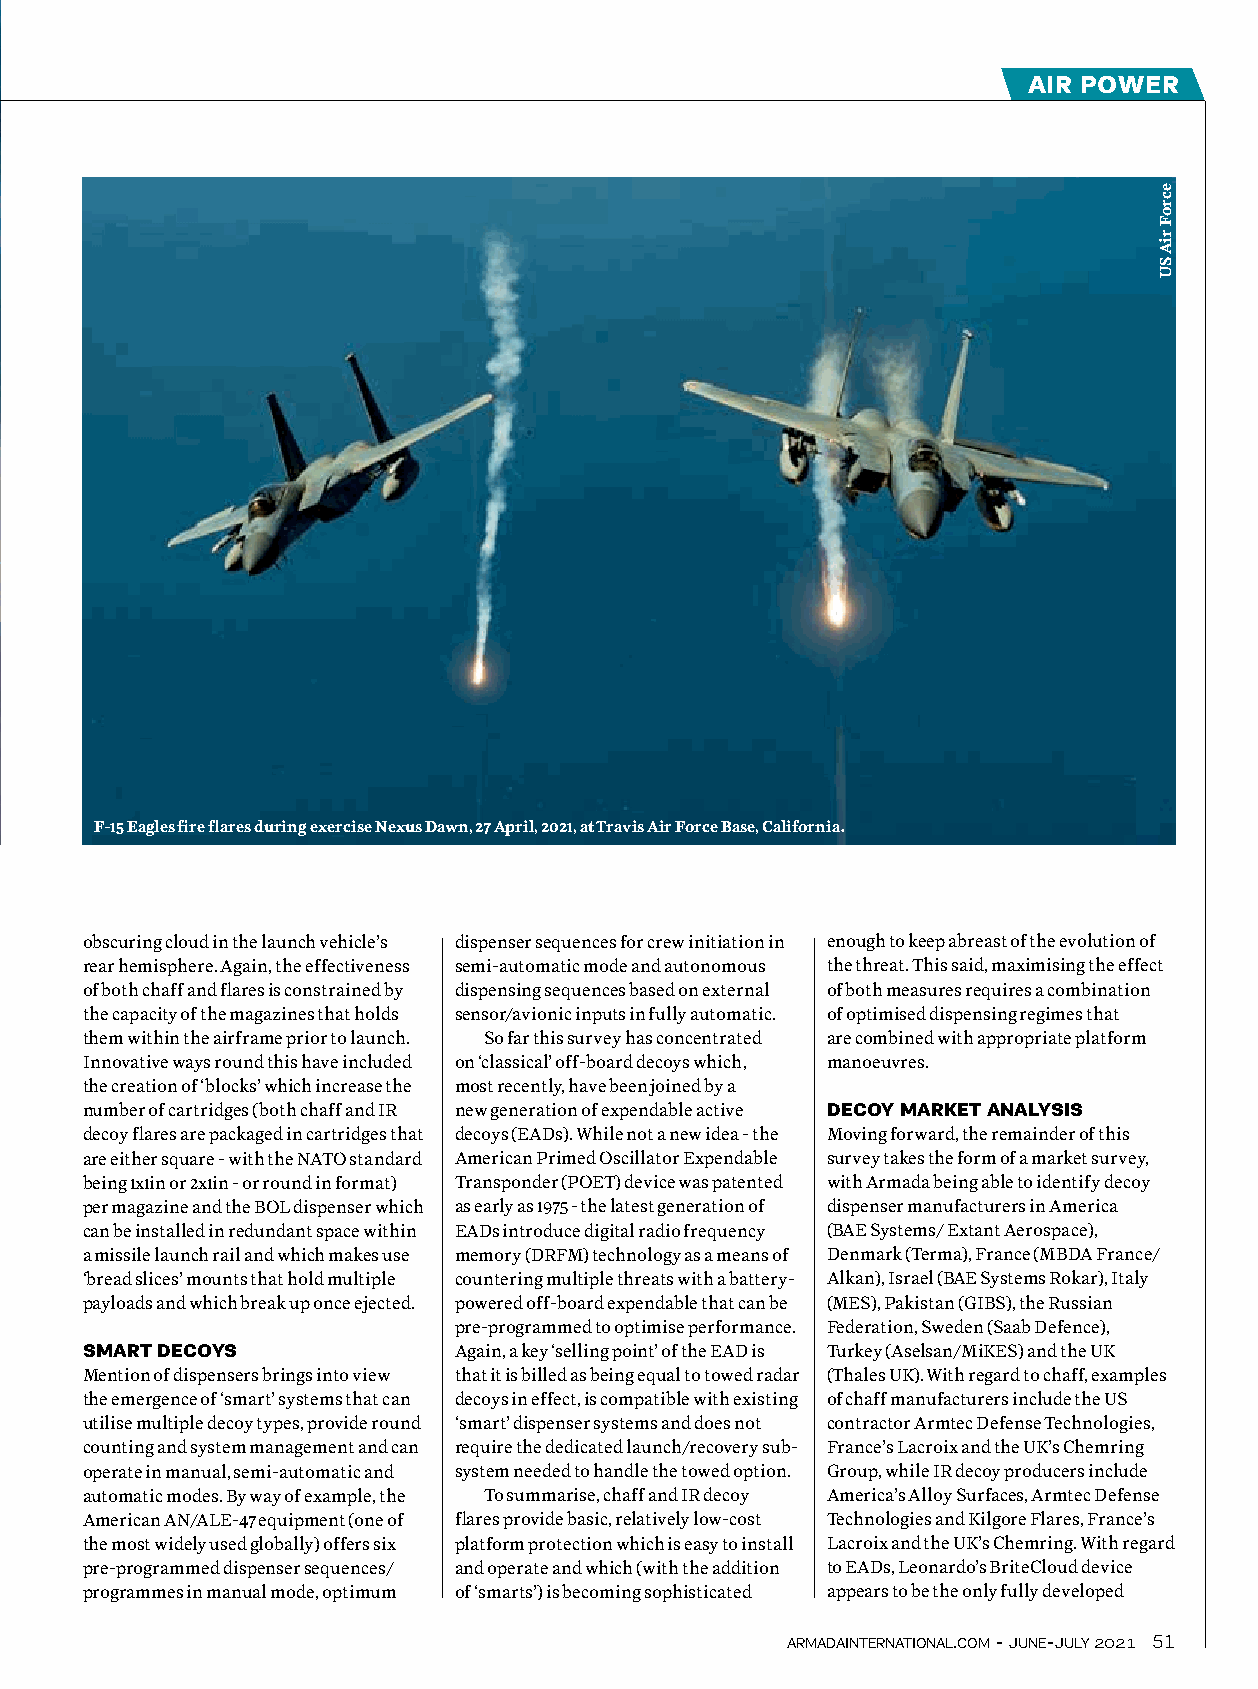
air power
 A graphic showing a BriteCloud EAD creating
 a ‘ghost’ Eurofighter Typhoon to lure away an
 F-15 Eagles fire flares during exercise Nexus Dawn, 27 April, 2021, at Travis Air Force Base, Californiian.c oming radar-guided missile from its
 true targetใ
 obscuring cloud in the launch vehicle’s dispenser sequences for crew initiation in enough to keep abreast of the evolution of
 rear hemisphere. Again, the effectiveness semi-automatic mode and autonomous the threat. This said, maximising the effect
 of both chaff and flares is constrained by dispensing sequences based on external of both measures requires a combination
 the capacity of the magazines that holds sensor/avionic inputs in fully automatic. of optimised dispensing regimes that
 them within the airframe prior to launch. So far this survey has concentrated are combined with appropriate platform
 Innovative ways round this have included on ‘classical’ off-board decoys which, manoeuvres.
 the creation of ‘blocks’ which increase the most recently, have been joined by a
 number of cartridges (both chaff and IR new generation of expendable active DeCoY MarKeT aNaLYSiS
 decoy flares are packaged in cartridges that decoys (EADs). While not a new idea - the Moving forward, the remainder of this
 are either square - with the NATO standard American Primed Oscillator Expendable survey takes the form of a market survey,
 being 1x1in or 2x1in - or round in format) Transponder (POET) device was patented with Armada being able to identify decoy
 per magazine and the BOL dispenser which as early as 1975 - the latest generation of dispenser manufacturers in America
 can be installed in redundant space within EADs introduce digital radio frequency (BAE Systems/ Extant Aerospace),
 a missile launch rail and which makes use memory (DRFM) technology as a means of Denmark (Terma), France (MBDA France/
 ‘bread slices’ mounts that hold multiple countering multiple threats with a battery- Alkan), Israel (BAE Systems Rokar), Italy
 payloads and which break up once ejected. powered off-board expendable that can be (MES), Pakistan (GIBS), the Russian
 pre-programmed to optimise performance. Federation, Sweden (Saab Defence),
 SMarT DeCoYS             Again, a key ‘selling point’ of the EAD is Turkey (Aselsan/MiKES) and the UK
 Mention of dispensers brings into view that it is billed as being equal to towed radar (Thales UK). With regard to chaff, examples
 the emergence of ‘smart’ systems that can decoys in effect, is compatible with existing of chaff manufacturers include the US
 utilise multiple decoy types, provide round ‘smart’ dispenser systems and does not contractor Armtec Defense Technologies,
 counting and system management and can require the dedicated launch/recovery sub- France’s Lacroix and the UK’s Chemring
 operate in manual, semi-automatic and system needed to handle the towed option. Group, while IR decoy producers include
 automatic modes. By way of example, the To summarise, chaff and IR decoy America’s Alloy Surfaces, Armtec Defense
 American AN/ALE-47 equipment (one of flares provide basic, relatively low-cost Technologies and Kilgore Flares, France’s
 the most widely used globally) offers six platform protection which is easy to install Lacroix and the UK’s Chemring. With regard
 pre-programmed dispenser sequences/ and operate and which (with the addition to EADs, Leonardo’s BriteCloud device
 programmes in manual mode, optimum of ‘smarts’) is becoming sophisticated appears to be the only fully developed
 armadainternational.com - june-july 2021 51
 ecroF
 riA
 SU